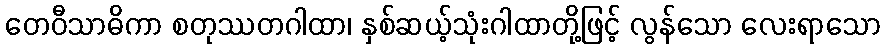
တေဝီသာဓိကာ စတုဿတဂါထာ၊ နှစ်ဆယ့်သုံးဂါထာတို့ဖြင့် လွန်သော လေးရာသော